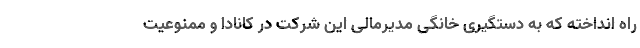
راه انداخته که به دستگیری خانگی مدیرمالی این شرکت در کانادا و ممنوعیت